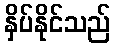
နှိပ်နိုင်သည်